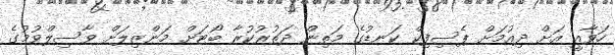
ހަވާއީ އަށް ދިއުމަށް ޕެސިފިކް ކަނޑުގެ މަތިން ދަތުރުކުރާ ބޯޓަށް މަންޒިލަށް ވާސިލްވުމުގެ